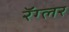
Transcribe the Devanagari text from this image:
रॅग्लर